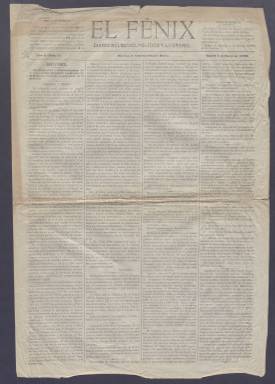
Título: El Fénix (Madrid. 1879)
Colección: Periódicos
Ámbito geográfico: Madrid
Lugar de publicación: Madrid
Fechas: 03/01/1879-31/12/1881